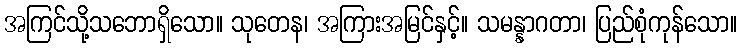
အကြင်သို့သဘောရှိသော။ သုတေန၊ အကြားအမြင်နှင့်။ သမန္နာဂတာ၊ ပြည်စုံကုန်သော။